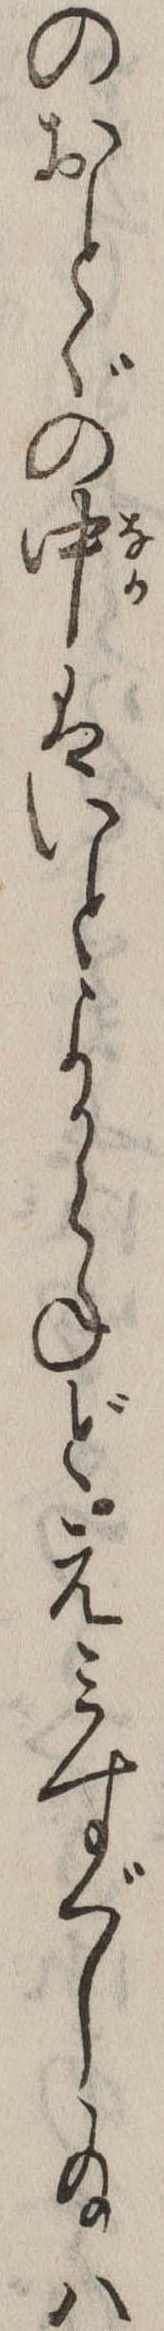
のおとゞの中はいとよからねどえみすぐし給は